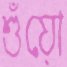
শুঁয়ো